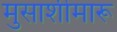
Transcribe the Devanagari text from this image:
मुसाशीमारू